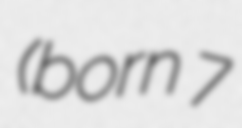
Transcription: (born 7